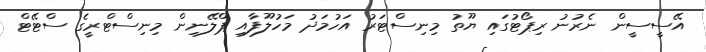
އޭސީސީން ނެރުނު ރިޕޯޓުގައި ޔޫތު މިނިސްޓަރު އަހުމަދު މަހުލޫފާއި ޕްލޭނިން މިނިސްޓްރީގެ ސްޓޭޓް